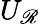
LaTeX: U_{\mathscr{R}}